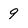
Character: 9